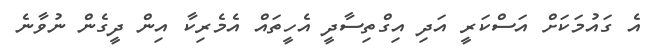
އެ ގައުމަކަށް އަސްކަރީ އަދި އިގްތިސާދީ އެހީތައް އެމެރިކާ އިން ދީގެން ނުވާނެ